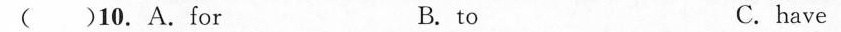
( )10.A.For B. to C. have